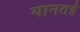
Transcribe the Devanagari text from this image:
यानतई